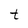
Character: t